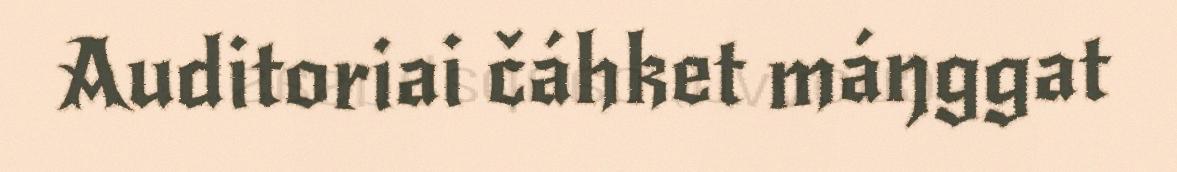
Auditoriai čáhket máŋggat